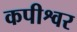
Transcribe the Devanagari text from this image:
कपीश्वर